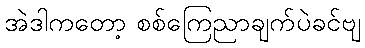
အဲဒါကတော့ စစ်ကြေညာချက်ပဲခင်ဗျ